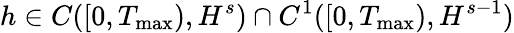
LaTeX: h\in C([0,T_{\operatorname*{max}}),H^{s})\cap C^{1}([0,T_{\operatorname*{max}}),H^{s-1})